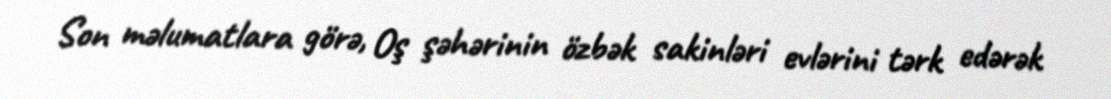
Son məlumatlara görə, Oş şəhərinin özbək sakinləri evlərini tərk edərək